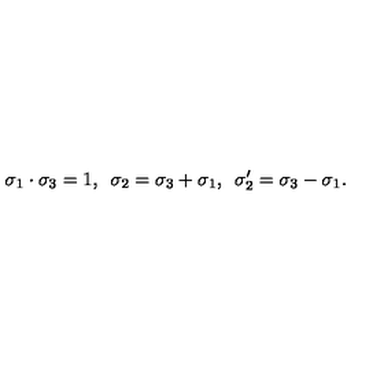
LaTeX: \sigma _ { 1 } \cdot \sigma _ { 3 } = 1 , \enspace \sigma _ { 2 } = \sigma _ { 3 } + \sigma _ { 1 } , \enspace \sigma _ { 2 } ^ { \prime } = \sigma _ { 3 } - \sigma _ { 1 } .